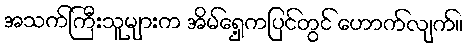
အသက်ကြီးသူများက အိမ်ရှေ့ကပြင်တွင် ဟောက်လျက်။